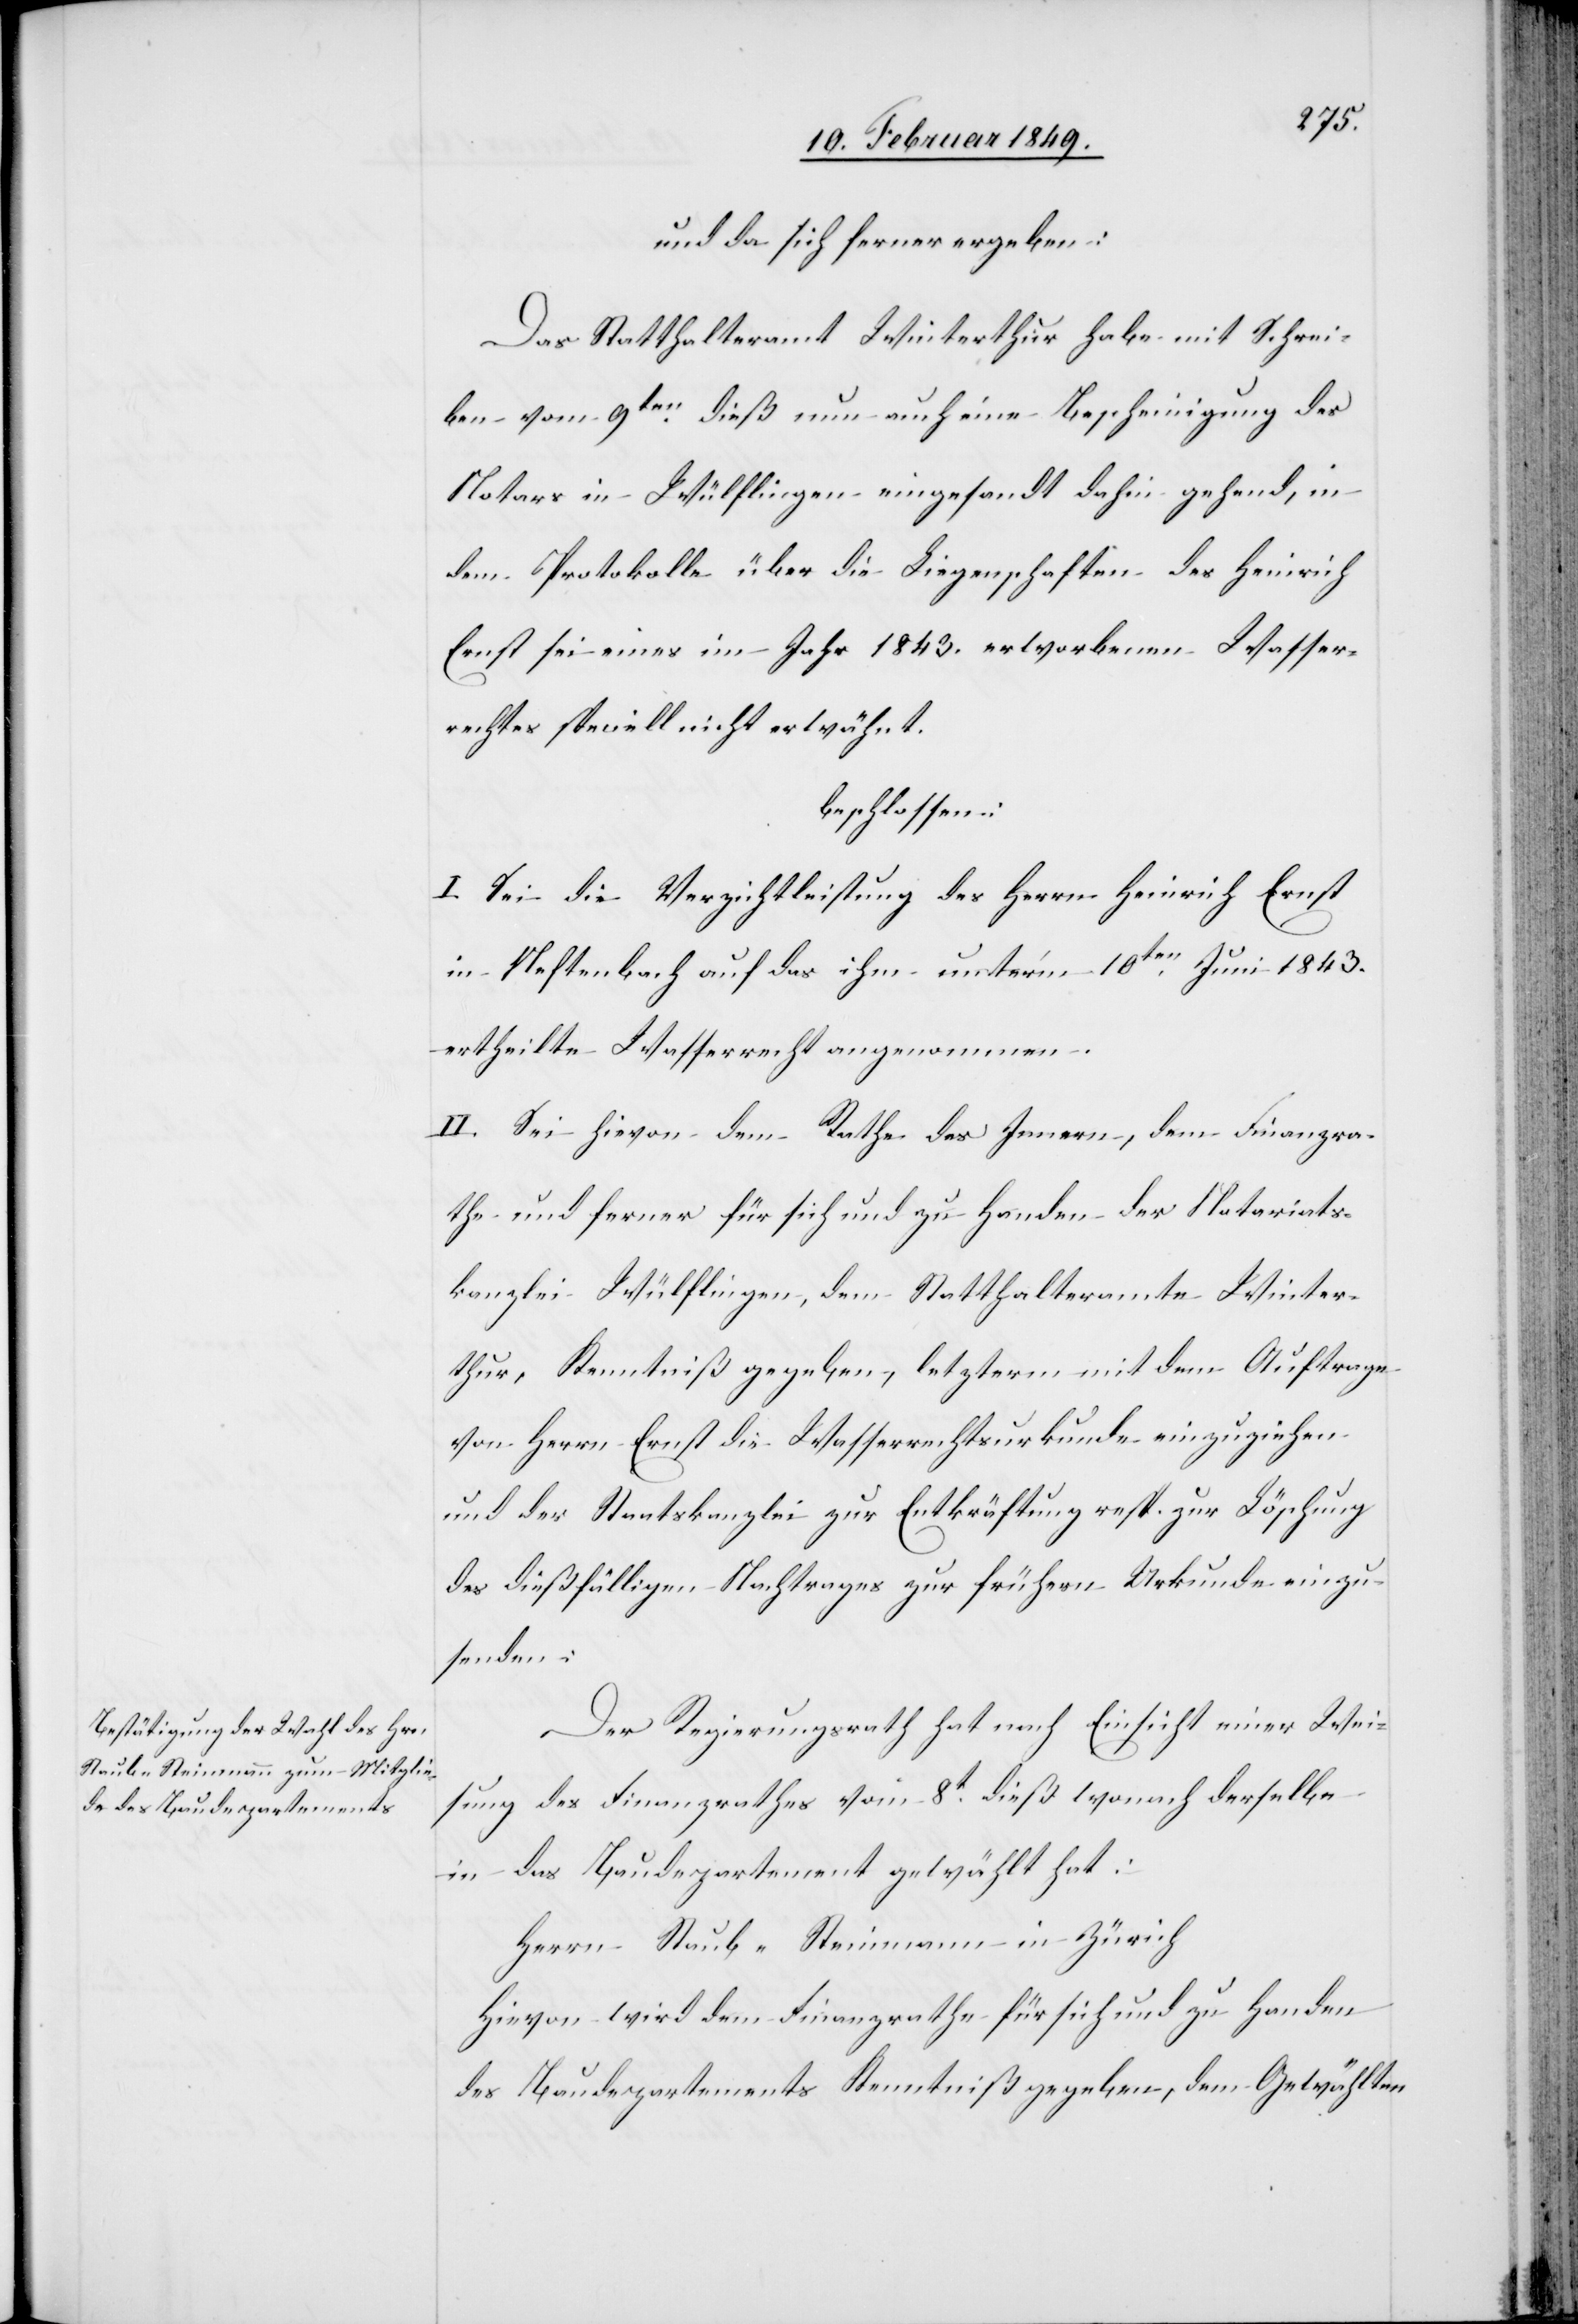
und da sich ferner ergeben:
Das Statthalteramt Winterthur habe mit Schrei¬
ben vom 9ten. dieß nun auch eine Bescheinigung des
Notars in Wülflingen eingesandt dahin gehend, in
dem Protokolle über die Liegenschaften des Heinrich
Ernst sei eines im Jahr 1843. erworbenen Wasser¬
rechtes speciell nicht erwähnt.
beschlossen:
I. Sei die Verzichtleistung des Herrn Heinrich Ernst
in Neftenbach auf das ihm unter’m 10ten. Juni 1843.
ertheilte Wasserrecht angenommen.
II. Sei hievon dem Rathe des Innern, dem Finanzra¬
the und ferner für sich und zu Handen der Notariats¬
kanzlei Wülflingen, dem Statthalteramte Winter¬
thur, Kenntniß gegeben, letzterm mit dem Auftrage
von Herrn Ernst die Wasserrechtsurkunde einzuziehen
und der Staatskanzlei zur Entkräftung resp. zur Löschung
des dießfälligen Nachtrages zur frühern Urkunde einzu¬
senden.
Der Regierungsrath hat nach Einsicht einer Wei¬
sung des Finanzrathes vom 8t. dieß wonach derselbe
in das Baudepartement gewählt hat:
Herrn Staub-Steinmann in Zürich
Hievon wird dem Finanzrathe für sich und zu Handen
des Baudepartements Kenntniß gegeben, dem Gewählten